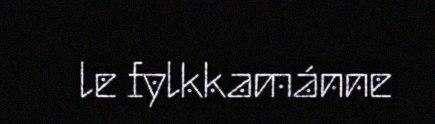
le fylkkamánne